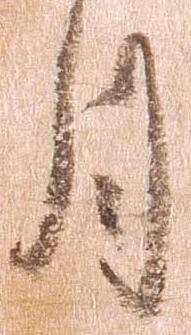
月